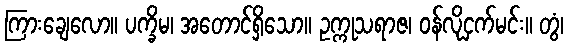
ကြားချေလော။ ပက္ခိမ၊ အတောင်ရှိသော။ ဥက္ကုသရာဇ၊ ဝန်လိုငှက်မင်း။ တွံ၊